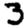
Digit: 3